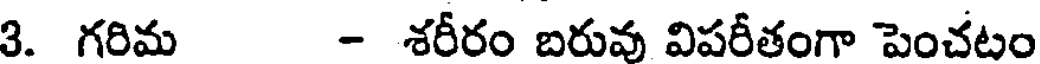
3. గరిమ - శరీరం బరువు విపరీతంగా పెంచటం